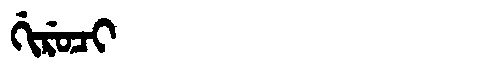
Manchu: ᡤᡳᡵᡠᠴᡳ
Romanization: GIRUCI